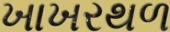
ખાખરથળ